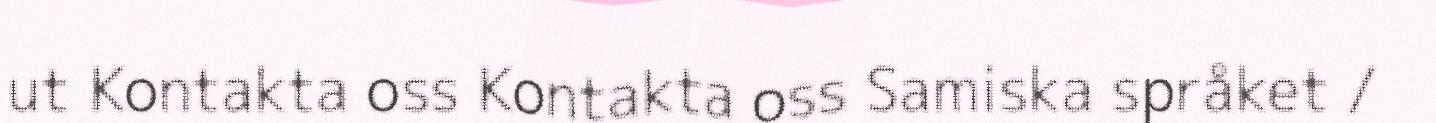
ut Kontakta oss Kontakta oss Samiska språket /